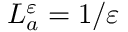
L _ { a } ^ { \varepsilon } = { 1 \mathord { \left/ { \vphantom { 1 \varepsilon } } \right. \kern - \nulldelimiterspace } \varepsilon }